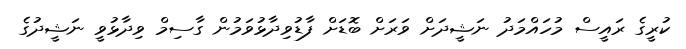
ކުރީގެ ރައީސް މުހައްމަދު ނަޝީދަށް ވަރަށް ބޮޑަށް ފާޑުވިދާޅުވަމުން ގާސިމް ވިދާޅުވީ ނަޝީދުގެ